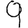
Digit: 9